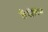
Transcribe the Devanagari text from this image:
लैंजेविन